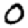
Digit: 0